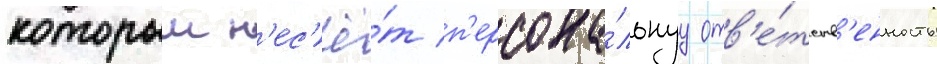
которыи н'ес'ё́т п'ерсона́льнуу отв'е́тств'енность